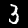
Digit: 3